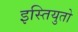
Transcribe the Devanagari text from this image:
इस्तियुतो